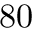
8 0